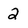
Character: 2